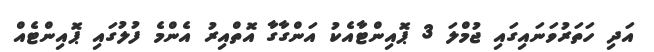
އަދި ހަތަރުވަނައިގައި ޖުމްލަ 3 ޕޮއިންޓާއެކު އަންގާގާ އޮތްއިރު އެންމެ ފުލުގައި ޕޮއިންޓެއް